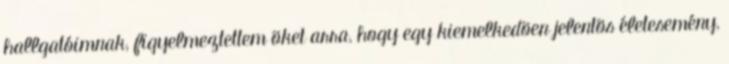
hallgatóimnak, figyelmeztettem õket arra, hogy egy kiemelkedõen jelentõs életesemény,